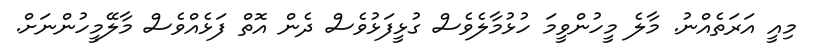
މިއީ އަރަތެއްނު. މާލެ މީހުންވީމަ ހުޅުމާލެވެސް ގުޅީފަޅުވެސް ދެން އޮތް ފަޅެއްވެސް މާލޭމީހުންނަށް.